Report on vaccination in the Province of Bengal - 1869-1873
Year: 1869
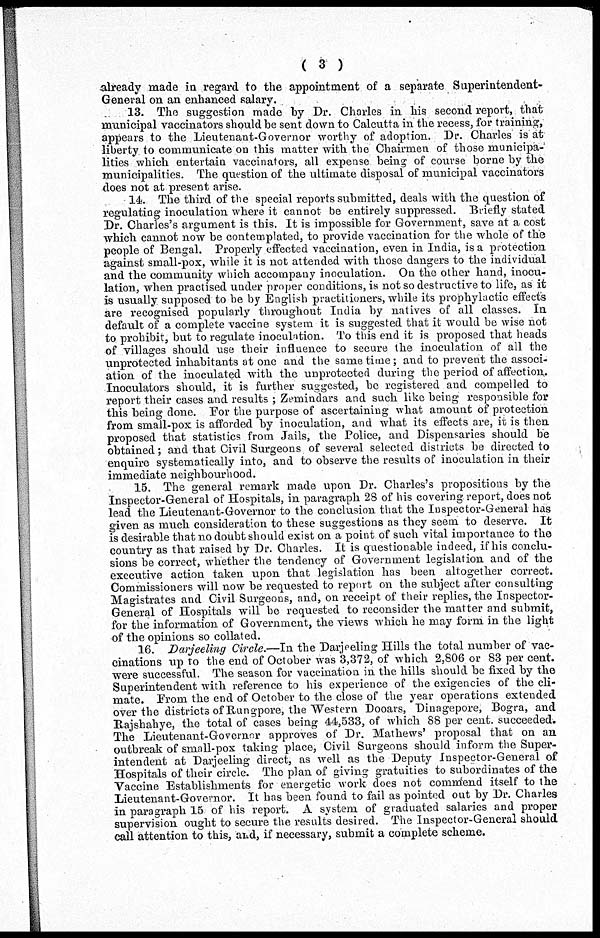
( 3 )
already made in regard to the appointment of a separate Superintendent-
General on an enhanced salary.
13. The suggestion made by Dr. Charles in his second report, that
municipal vaccinators should be sent down to Calcutta in the recess, for training,
appears to the Lieutenant-Governor worthy of adoption. Dr. Charles' is at
liberty to communicate on this matter with the Chairmen of those municipa-
lities which entertain vaccinators, all expense being of course borne by the
municipalities. The question of the ultimate disposal of municipal vaccinators
does not at present arise.
14. The third of the special reports submitted, deals with the question of
regulating inoculation where it cannot be entirely suppressed. Briefly stated
Dr. Charles's argument is this. It is impossible for Government, save at a cost
which cannot now be contemplated, to provide vaccination for the whole of the
people of Bengal. Properly effected vaccination, even in India, is a protection
against small-pox, while it is not attended with those dangers to the individual
and the community which accompany inoculation. On the other hand, inocu-
lation, when practised under proper conditions, is not so destructive to life, as it
is usually supposed to be by English practitioners, while its prophylactic effects
are recognised popularly throughout India by natives of all classes. In
default of a complete vaccine system it is suggested that it would be wise not
to prohibit, but to regulate inoculation. To this end it is proposed that heads
of villages should use their influence to secure the inoculation of all the
unprotected inhabitants at one and the same time; and to prevent the associ-
ation of the inoculated with the unprotected during the period of affection.
Inoculators should, it is further suggested, be registered and compelled to
report their cases and results ; Zemindars and such like being responsible for
this being done. For the purpose of ascertaining what amount of protection
from small-pox is afforded by inoculation, and what its effects are, it is then
proposed that statistics from Jails, the Police, and Dispensaries should be
obtained; and that Civil Surgeons of several selected districts be directed to
enquire systematically into, and to observe the results of inoculation in their
immediate neighbourhood.
15. The general remark made upon Dr. Charles's propositions by the
Inspector-General of Hospitals, in paragraph 28 of his covering report, does not
lead the Lieutenant-Governor to the conclusion that the Inspector-General has
given as much consideration to these suggestions as they seem to deserve. It
is desirable that no doubt should exist on a point of such vital importance to the
country as that raised by Dr. Charles. It is questionable indeed, if his conclu-
sions be correct, whether the tendency of Government legislation and of the
executive action taken upon that legislation has been altogether correct.
Commissioners will now be requested to report on the subject after consulting
Magistrates and Civil Surgeons, and, on receipt of their replies, the Inspector-
General of Hospitals will be requested to reconsider the matter and submit,
for the information of Government, the views which he may form in the light
of the opinions so collated.
16. Darjeeling Circle.—In the Darjeeling Hills the total number of vac-
cinations up to the end of October was 3,372, of which 2,806 or 83 per cent.
were successful. The season for vaccination in the hills should be fixed by the
Superintendent with reference to his experience of the exigencies of the cli-
mate. From the end of October to the close of the year operations extended
over the districts of Rungpore, the Western Dooars, Dinagepore, Bogra, and
Rajshahye, the total of cases being 44,533, of which 88 per cent. succeeded.
The Lieutenant-Governor approves of Dr. Mathews' proposal that on an
outbreak of small-pox taking place, Civil Surgeons should inform the Super-
intendent at Darjeeling direct, as well as the Deputy Inspector-General of
Hospitals of their circle. The plan of giving gratuities to subordinates of the
Vaccine Establishments for energetic work does not commend itself to the
Lieutenant-Governor. It has been found to fail as pointed out by Dr. Charles
in paragraph 15 of his report. A system of graduated salaries and proper
supervision ought to secure the results desired. The Inspector-General should
call attention to this, and, if necessary, submit a complete scheme.